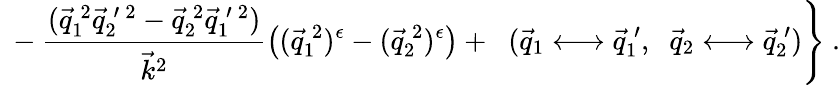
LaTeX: \left.\ -\frac{(\vec{q}_{1}^{\: 2}\vec{q}_{2}^{\: \prime\: 2}-\vec{q}_{2}^{\: 2}\vec{q}_{1}^{\: \prime\: 2})}{{\vec{k}}_{{}}^{2}}\left((\vec{q}_{1}^{\: 2})^{\epsilon}-(\vec{q}_{2}^{\: 2})^{\epsilon}\right)+\; \; (\vec{q}_{1}\longleftrightarrow\vec{q}_{1}^{\: \prime},\; \; \vec{q}_{2}\longleftrightarrow\vec{q}_{2}^{\: \prime})\right\} ~.